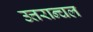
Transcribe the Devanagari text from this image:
उत्तरान्चल